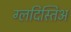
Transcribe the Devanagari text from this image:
ग्लदिस्तिअ